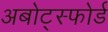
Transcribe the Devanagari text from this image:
अबोट्स्फोर्ड